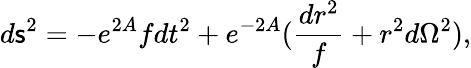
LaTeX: d\mathsf{s}^{2}=-e^{2A}fdt^{2}+e^{-2A}({\frac{{dr^{2}}}{{f}}}+r^{2}d\Omega^{2}),